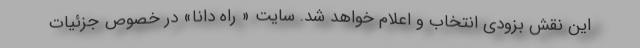
این نقش بزودی انتخاب و اعلام خواهد شد. سایت « راه دانا» در خصوص جزئیات